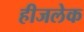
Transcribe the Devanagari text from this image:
हीजलेक